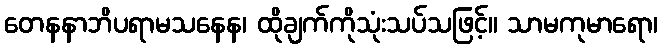
တေနနာဘိပရာမသနေန၊ ထိုချက်ကိုသုံးသပ်သဖြင့်။ သာမကုမာရော၊